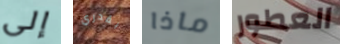
إلى بقدري ماذا العطور